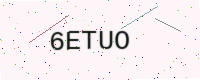
Text: 6ETUO